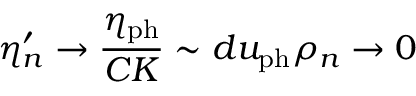
\eta _ { n } ^ { \prime } \to \frac { \eta _ { \mathrm { p h } } } { C { \cal K } } \sim d u _ { \mathrm { p h } } \rho _ { n } \to 0